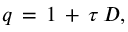
q \, = \, 1 \, + \, \tau \, D ,